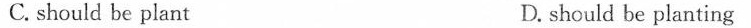
C. should be plant D. should be planting